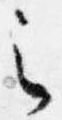
之